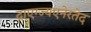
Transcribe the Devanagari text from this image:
द्राएग्ज्यएनेरतेद